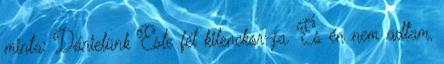
minta: Dánielünk Este fél kilenckor-ja. És én nem adtam,